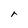
Character: r